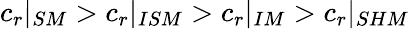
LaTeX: c_{r}|_{SM}>c_{r}|_{ISM}>c_{r}|_{IM}>c_{r}|_{SHM}